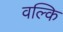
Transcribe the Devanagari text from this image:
वल्‍कि